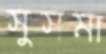
সুসমা